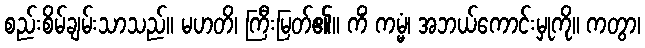
စည်းစိမ်ချမ်းသာသည်။ မဟတိ၊ ကြီးမြတ်၏။ ကိံ ကမ္မံ၊ အဘယ်ကောင်းမှုကို။ ကတွာ၊